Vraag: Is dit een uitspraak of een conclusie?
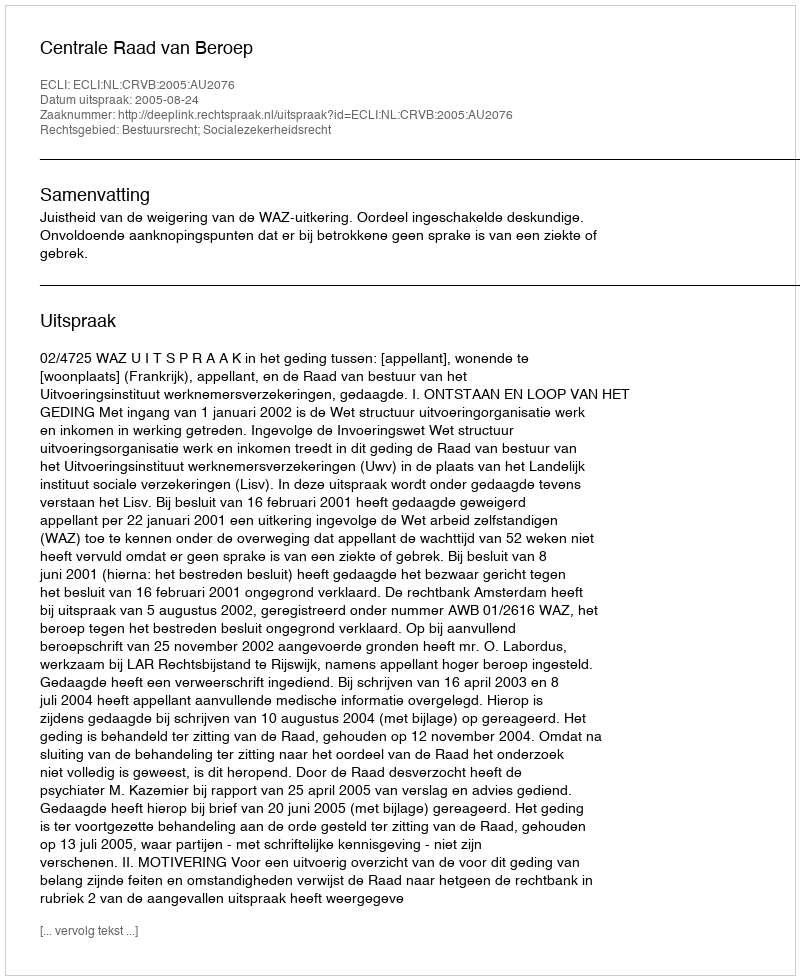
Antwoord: Uitspraak